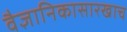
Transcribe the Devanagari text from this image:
वैज्ञानिकासारखाच